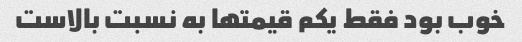
خوب بود فقط یکم قیمتها به نسبت بالاست